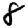
Digit: 8